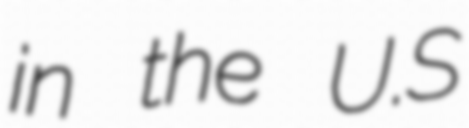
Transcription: in the U.S